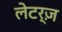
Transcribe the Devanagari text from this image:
लेटर्ज़